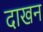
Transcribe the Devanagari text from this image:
दाखन